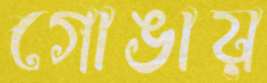
গোঙায়